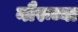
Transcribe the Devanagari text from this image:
नौरूच्या